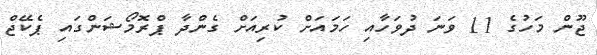
ޖޫން މަހުގެ 11 ވަނަ ދުވަހާއި ހަމައަށް ކުރިއަށް ގެންދާ ޕްރޮމޯޝަންގައި ޕެކޭޖް